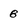
Character: 8